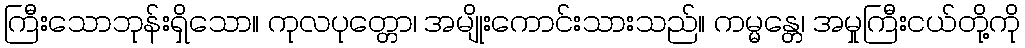
ကြီးသောဘုန်းရှိသော။ ကုလပုတ္တော၊ အမျိုးကောင်းသားသည်။ ကမ္မန္တေ၊ အမှုကြီးငယ်တို့ကို